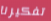
تفكيرنا